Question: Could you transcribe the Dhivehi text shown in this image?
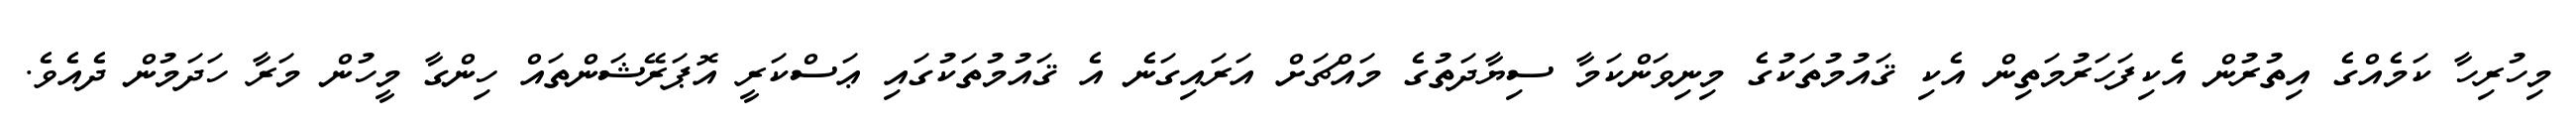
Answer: މިހުރިހާ ކަމެއްގެ އިތުރުން އެކިފަހަރުމަތިން އެކި ޤައުމުތަކުގެ މިނިވަންކަމާ ސިޔާދަތުގެ މައްޗަށް އަރައިގަނެ އެ ޤައުމުތަކުގައި ޢަސްކަރީ އޮޕަރޭޝަންތައް ހިންގާ މީހުން މަރާ ހަދަމުން ދެއެވެ.